Lunatic asylums Madras 1892-1911 - 1892-1911
Year: 1892
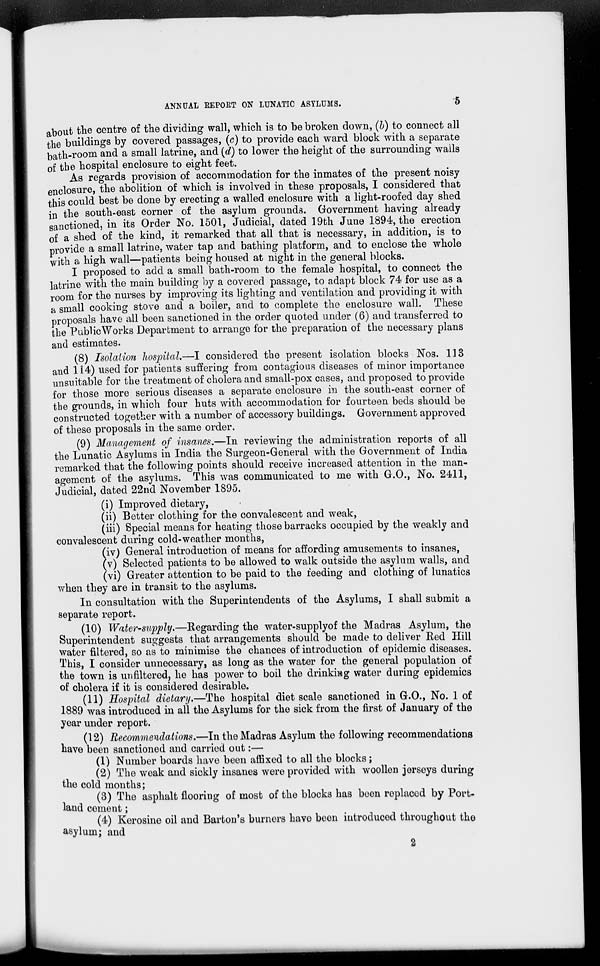
ANNUAL REPORT ON LUNATIC ASYLUMS.
about the centre of the dividing wall, which is to be broken down, (b) to connect all
the buildings by covered passages, (c) to provide each ward block with a separate
bath-room and a small latrine, and (a 7 ) to lower the height of the surrounding walls
of the hospital enclosure to eight feet.
As regards provision of accommodation for the inmates of the present noisy
enclosure, the abolition of which is involved in these proposals, I considered that
this could best be done by erecting a walled enclosure with a light-roofed day shed
in the south-east corner of the asylum grounds. Government having already
sanctioned, in its Order No. 1501, Judicial, dated 19th June 1894, the erection
of a shed of the kind, it remarked that all that is necessary, in addition, is to
provide a small latrine, water tap and bathing platform, and to enclose the whole
with a high wall—patients being housed at night in the general blocks.
I proposed to add a small bath-room to the female hospital, to connect the
latrine with the main building by a covered passage, to adapt block 74 for use as a
room for the nurses by improving its lighting and ventilation and providing it with
a small cooking stove and a boiler, and to complete the enclosure wall. These
proposals have all been sanctioned in the order quoted under (6) and transferred to
the Public Works Department to arrange for the preparation of the necessary plans
and estimates.
(8) Isolation hospital.—I considered the present isolation blocks Nos. 113
and 114) used for patients suffering from contagious diseases of minor importance
unsuitable for the treatment of cholera and small-pox cases, and proposed to provide
for those more serious diseases a separate enclosure in the south-east corner of
the grounds, in which four huts with accommodation for fourteen beds should be
constructed together with a number of accessory buildings. Government approved
of these proposals in the same order.
(9) Management of insanes.—In reviewing the administration reports of all
the Lunatic Asylums in India the Surgeon-General with the Government of India
remarked that the following points should receive increased attention in the man-
agement of the asylums. This was communicated to me with G.O., No. 2411,
Judicial, dated 22nd November 1895.
(i) Improved dietary,
(ii) Better clothing for the convalescent and weak,
(iii) Special means for heating those barracks occupied by the weakly and
convalescent during cold-weather months,
(iv) General introduction of means for affording amusements to insanes,
(v) Selected patients to be allowed to walk outside the asylum walls, and
(vi) Greater attention to be paid to the feeding and clothing of lunatics
when they are in transit to the asylums.
In consultation with the Superintendents of the Asylums, I shall submit a
separate report.
(10) Water-supply.—Regarding the water-supply of the Madras Asylum, the
Superintendent suggests that arrangements should be made to deliver Red Hill
water filtered, so as to minimise the chances of introduction of epidemic diseases.
This, I consider unnecessary, as long as the water for the general population of
the town is unfiltered, he has power to boil the drmkhag water during epidemics
of cholera if it is considered desirable.
(11) Hospital dietary.—The hospital diet scale sanctioned in G.O., No. 1 of
1889 was introduced in all the Asylums for the sick from the first of January of the
year under report.
(12) Recommendations.—In the Madras Asylum the following recommendations
have been sanctioned and carried out:—
(1) Number boards have been affixed to all the blocks;
(2) The weak and sickly insanes were provided with woollen jerseys during
the cold months;
(3) The asphalt flooring of most of the blocks has been replaced by Port-
land cement;
(4) Kerosine oil and Barton's burners have been introduced throughout the
asylum; and
2